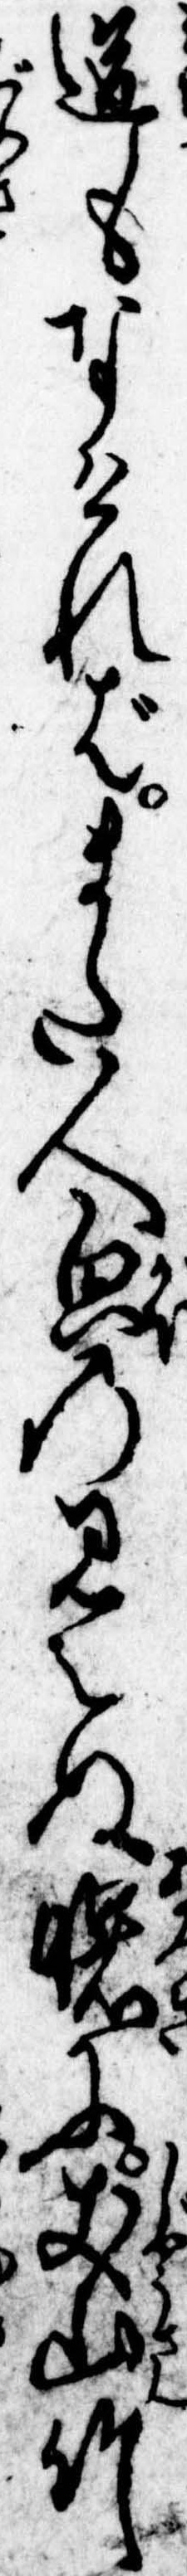
道もなければまた人貌の見えぬ曙に𠀋山竹